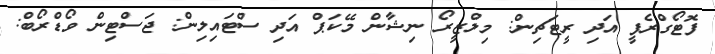
ފޮޓޯގްރެފީ އަދި ރީޓަޗިން: މިލްޒީރޯ ނިޝާން މޭކަޕް އަދި ސްޓައިލިން: ޖަސްޓިން ވޯޑްރޯބް: